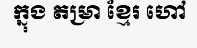
ក្នុង តម្រា ខ្មែរ ហៅ